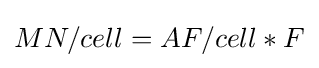
MN/cell=AF/cell*F